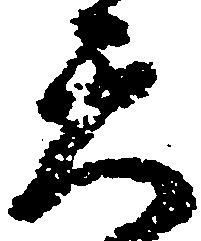
天